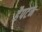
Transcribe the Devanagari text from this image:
हैपटन